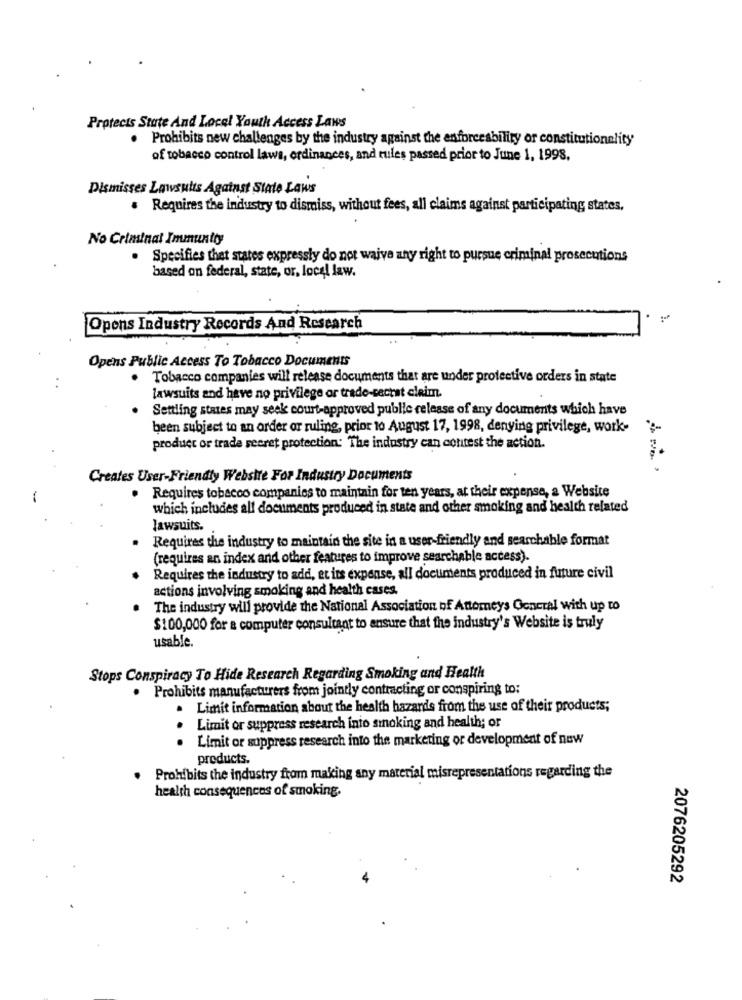
Protects State And Local Youth Access Laws
. Prohibits new challenges by the industry against the enforcesbility or constitutionelity
of tobacco control laws, ordinances, and rules passed prior to June 1, 1998.
Dismisses Lawsuits Against State Laws
. Requires the industry to dismiss, without fees, all claims against participating states.
No Criminal Immunity
. Specifies that states expressly do not waive any right to pursue criminal prosecutions
based on federal, state, or, local law.
Opens Industry Records And Research
Opens Public Access To Tobacco Documents
Tobacco companies will release documents that are under protective orders in state
lawsuits and have no privilege or trade-secrat eleim.
Settling states may seek court-approved public release of any documents which have
been subject to an order or ruling, prior to August 17, 1998, denying privilege, work-
product or trade secret protection: The industry can contest the action.
Creates User-Friendly Website For Industry Documents
Requires tobacco companies to maintain for ten years, at their expense, a Website
which includes all documents produced in state and other smoking and health related
lawsuits.
Requires the industry to maintain the site in a user-friendly and searchable format
(requires an index and other features to improve searchable access).
Requires the industry to add, et its expense, all documents produced in future civil
actions involving smoking and health cases.
The industry will provide the National Association of Attorneys General with up to
$100,000 for a computer consultant to ensure that the industry's Website is truly
usable.
Stops Conspiracy To Hide Research Regarding Smoking and Health
. Prohibits manufacturers from jointly contracting or conspiring to:
. Limit information about the health hazards from the use of their products;
Limit or suppress research inio smoking and health; or
Limit or suppress research into the marketing or development of new
..
products.
Prohibits the industry from making any material misrepresentations regarding the
health consequences of smoking.
2076205292